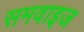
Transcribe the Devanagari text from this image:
समवाइज